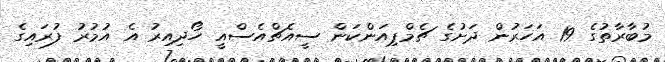
މުބާރާތުގެ 19 އަހަރުން ދަށުގެ ޗެމްޕިއަންކަން ސީއެޗްއެސްއީ ހޯދިއިރު އެ އުމުރު ފުރައިގެ